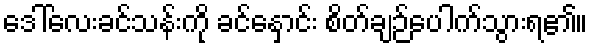
ဒေါ်လေးခင်သန်းကို ခင်နှောင်း စိတ်ချဉ်ပေါက်သွားရ၏။